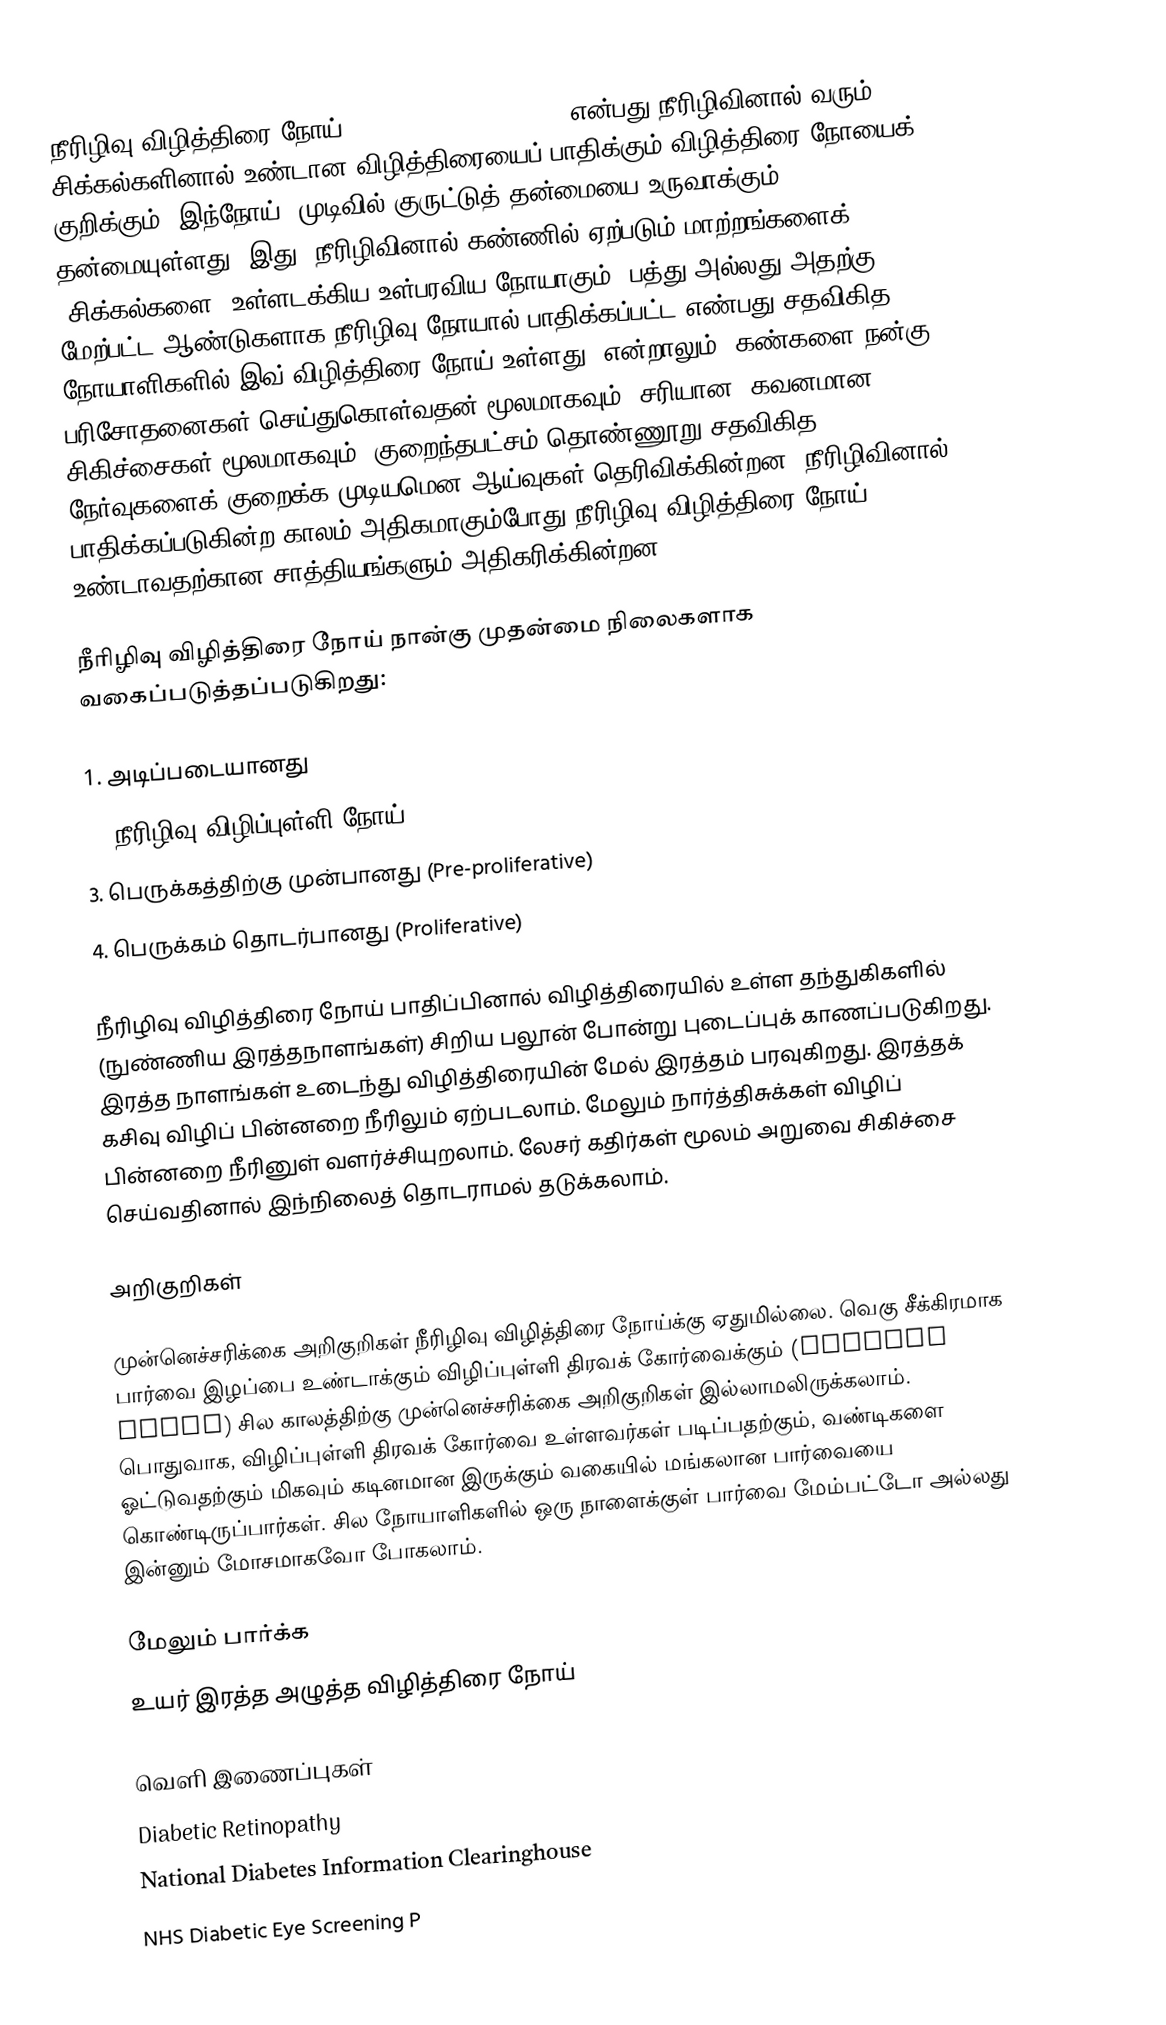
நீரிழிவு விழித்திரை நோய் (Diabetic retinopathy) என்பது நீரிழிவினால் வரும் சிக்கல்களினால் உண்டான விழித்திரையைப் பாதிக்கும் விழித்திரை நோயைக் குறிக்கும். இந்நோய், முடிவில் குருட்டுத் தன்மையை உருவாக்கும் தன்மையுள்ளது. இது, நீரிழிவினால் கண்ணில் ஏற்படும் மாற்றங்களைக் (சிக்கல்களை) உள்ளடக்கிய உள்பரவிய நோயாகும். பத்து அல்லது அதற்கு மேற்பட்ட ஆண்டுகளாக நீரிழிவு நோயால் பாதிக்கப்பட்ட எண்பது சதவிகித நோயாளிகளில் இவ் விழித்திரை நோய் உள்ளது. என்றாலும், கண்களை நன்கு பரிசோதனைகள் செய்துகொள்வதன் மூலமாகவும், சரியான, கவனமான சிகிச்சைகள் மூலமாகவும், குறைந்தபட்சம் தொண்ணூறு சதவிகித நேர்வுகளைக் குறைக்க முடியமென ஆய்வுகள் தெரிவிக்கின்றன. நீரிழிவினால் பாதிக்கப்படுகின்ற காலம் அதிகமாகும்போது நீரிழிவு விழித்திரை நோய் உண்டாவதற்கான சாத்தியங்களும் அதிகரிக்கின்றன.

நீரிழிவு விழித்திரை நோய் நான்கு முதன்மை நிலைகளாக வகைப்படுத்தப்படுகிறது:

1. அடிப்படையானது
2. நீரிழிவு விழிப்புள்ளி நோய் (Diabetic maculopathy)
3. பெருக்கத்திற்கு முன்பானது (Pre-proliferative)
4. பெருக்கம் தொடர்பானது (Proliferative)

நீரிழிவு விழித்திரை நோய் பாதிப்பினால் விழித்திரையில் உள்ள தந்துகிகளில் (நுண்ணிய இரத்தநாளங்கள்) சிறிய பலூன் போன்று புடைப்புக் காணப்படுகிறது. இரத்த நாளங்கள் உடைந்து விழித்திரையின் மேல் இரத்தம் பரவுகிறது. இரத்தக் கசிவு விழிப் பின்னறை நீரிலும் ஏற்படலாம். மேலும் நார்த்திசுக்கள் விழிப் பின்னறை நீரினுள் வளர்ச்சியுறலாம். லேசர் கதிர்கள் மூலம் அறுவை சிகிச்சை செய்வதினால் இந்நிலைத் தொடராமல் தடுக்கலாம்.

அறிகுறிகள்

முன்னெச்சரிக்கை அறிகுறிகள் நீரிழிவு விழித்திரை நோய்க்கு ஏதுமில்லை. வெகு சீக்கிரமாக பார்வை இழப்பை உண்டாக்கும் விழிப்புள்ளி திரவக் கோர்வைக்கும் (macular edema) சில காலத்திற்கு முன்னெச்சரிக்கை அறிகுறிகள் இல்லாமலிருக்கலாம். பொதுவாக, விழிப்புள்ளி திரவக் கோர்வை உள்ளவர்கள் படிப்பதற்கும், வண்டிகளை ஓட்டுவதற்கும் மிகவும் கடினமான இருக்கும் வகையில் மங்கலான பார்வையை கொண்டிருப்பார்கள். சில நோயாளிகளில் ஒரு நாளைக்குள் பார்வை மேம்பட்டோ அல்லது இன்னும் மோசமாகவோ போகலாம்.

மேலும் பார்க்க
உயர் இரத்த அழுத்த விழித்திரை நோய்

வெளி இணைப்புகள்
 Diabetic Retinopathy
 National Diabetes Information Clearinghouse
 NHS Diabetic Eye Screening P